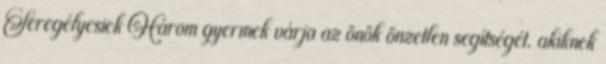
Seregélyesiek Három gyermek várja az önök önzetlen segítségét, akiknek